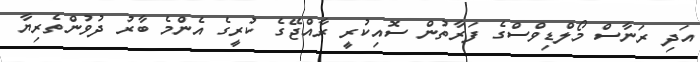
އަދި ރަނާސް މޯލްޑިވްސްގެ ފަރާތުން ސޮއިކުރީ ރާއްޖޭގެ ކުރީގެ އެންމެ ބާރު ދުވުންތެރިޔާ